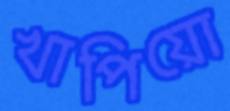
খাপিয়ো